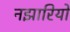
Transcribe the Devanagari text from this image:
नझारियो